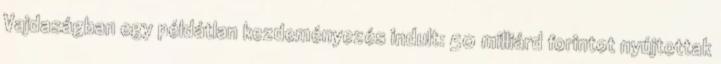
Vajdaságban egy példátlan kezdeményezés indult: 50 milliárd forintot nyújtottak